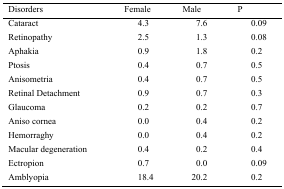
<table><thead><tr><td><b>Disorders</b></td><td><b>Female</b></td><td><b>Male</b></td><td><b>P</b></td></tr></thead><tbody><tr><td>Cataract</td><td>4.3</td><td>7.6</td><td>0.09</td></tr><tr><td>Retinopathy</td><td>2.5</td><td>1.3</td><td>0.08</td></tr><tr><td>Aphakia</td><td>0.9</td><td>1.8</td><td>0.2</td></tr><tr><td>Ptosis</td><td>0.4</td><td>0.7</td><td>0.5</td></tr><tr><td>Anisometria</td><td>0.4</td><td>0.7</td><td>0.5</td></tr><tr><td>Retinal Detachment</td><td>0.9</td><td>0.7</td><td>0.3</td></tr><tr><td>Glaucoma</td><td>0.2</td><td>0.2</td><td>0.7</td></tr><tr><td>Aniso cornea</td><td>0.0</td><td>0.4</td><td>0.2</td></tr><tr><td>Hemorraghy</td><td>0.0</td><td>0.4</td><td>0.2</td></tr><tr><td>Macular degeneration</td><td>0.4</td><td>0.2</td><td>0.4</td></tr><tr><td>Ectropion</td><td>0.7</td><td>0.0</td><td>0.09</td></tr><tr><td>Amblyopia</td><td>18.4</td><td>20.2</td><td>0.2</td></tr></tbody></table>